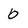
Character: b